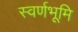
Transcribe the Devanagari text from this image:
स्वर्णभूमि